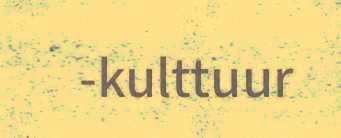
-kulttuur